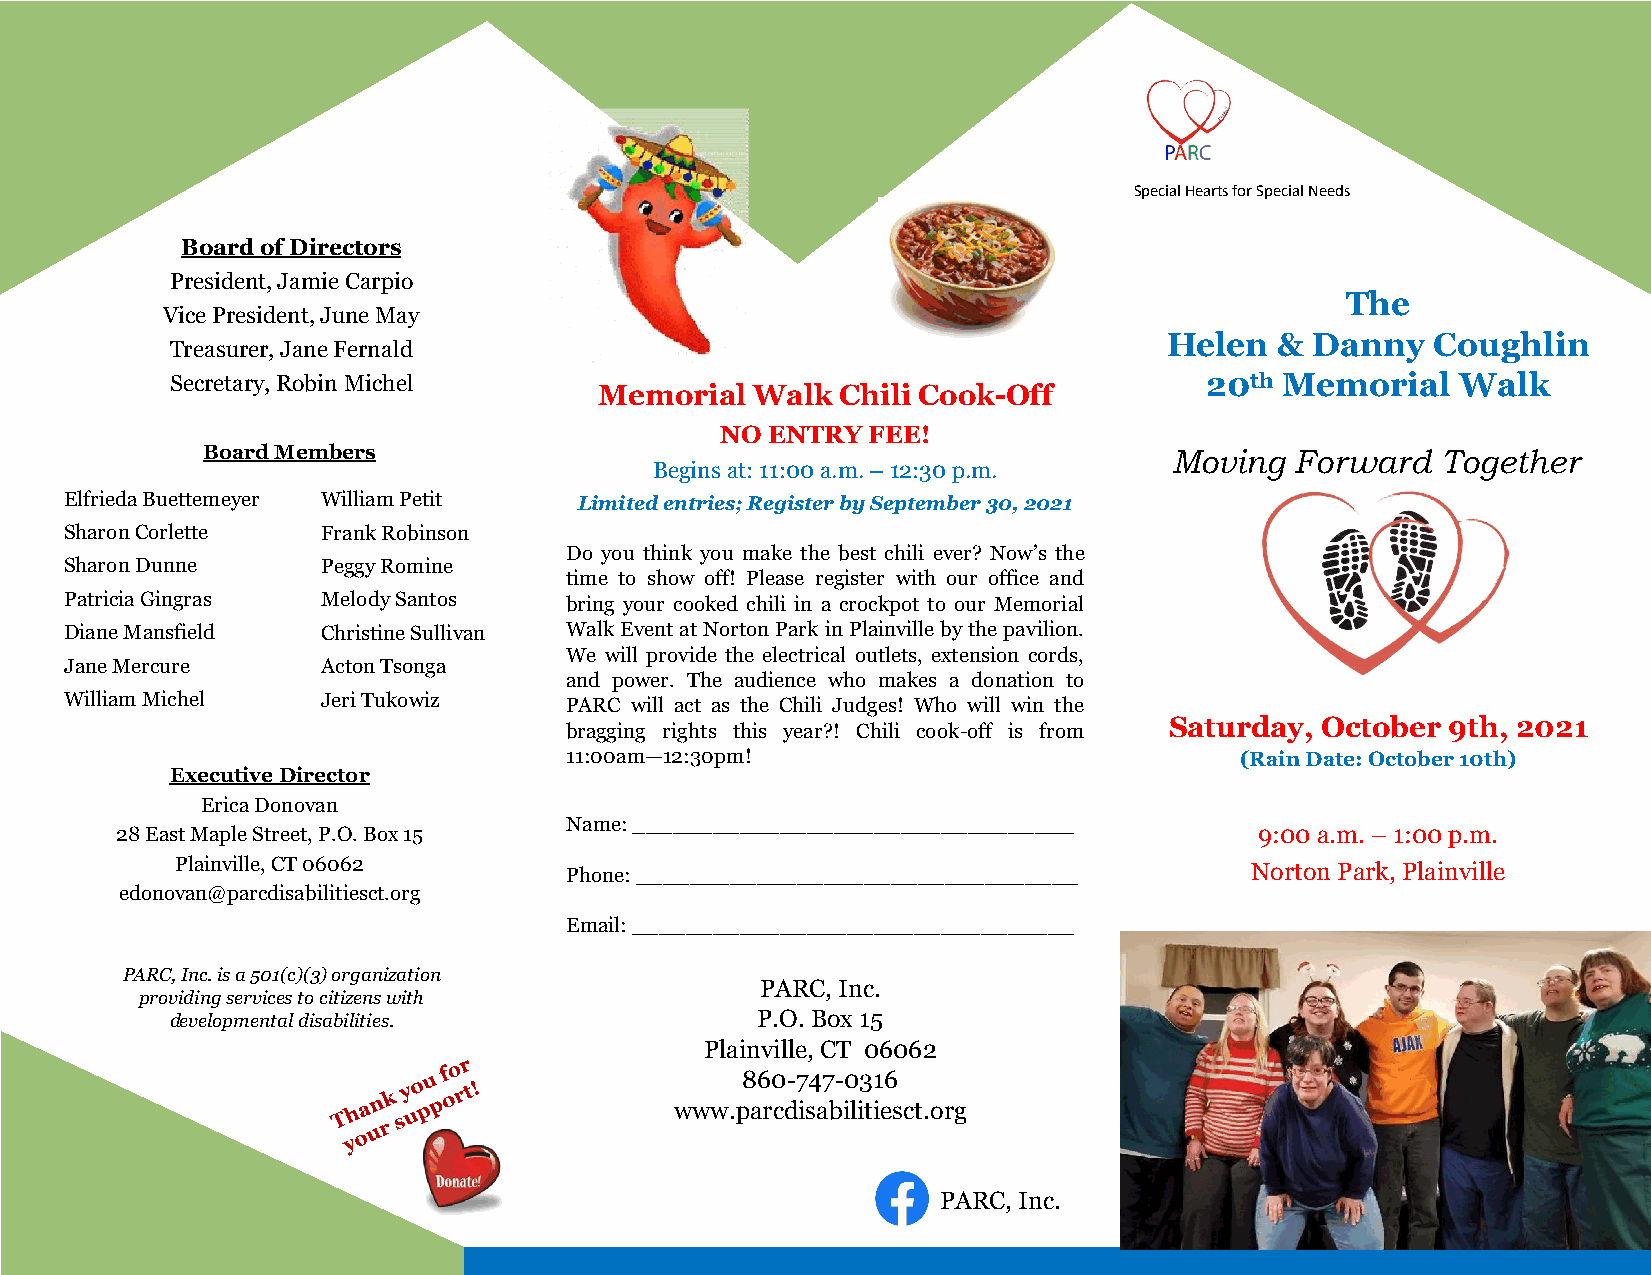
Special Hearts for Special Needs
 Board of Directors
 President, Jamie Carpio
 The
 Vice President, June May
 Helen   & Danny   Coughlin
 Treasurer, Jane Fernald
 Secretary, Robin Michel                                              20th Memorial    Walk
 Memorial  Walk  Chili Cook-Off
 NO ENTRY FEE!
 Board Members                                                    Moving  Forward  Together
 Begins at: 11:00 a.m. – 12:30 p.m.
 Elfrieda Buettemeyer William Petit Limited entries; Register by September 30, 2021
 Sharon Corlette  Frank Robinson
 Do you think you make the best chili ever? Now’s the
 Sharon Dunne     Peggy Romine
 time to show off! Please register with our office and
 Patricia Gingras Melody Santos   bring your cooked chili in a crockpot to our Memorial
 Diane Mansfield  Christine Sullivan Walk Event at Norton Park in Plainville by the pavilion.
 We will provide the electrical outlets, extension cords,
 Jane Mercure     Acton Tsonga
 and power. The audience who makes a donation to
 William Michel   Jeri Tukowiz    PARC will act as the Chili Judges! Who will win the
 Saturday, October  9th, 2021
 bragging rights this year?! Chili cook-off is from
 11:00am—12:30pm!                             (Rain Date: October 10th)
 Executive Director
 Erica Donovan
 Name: _________________________________
 28 East Maple Street, P.O. Box 15                                          9:00 a.m. – 1:00 p.m.
 Plainville, CT 06062     Phone: _________________________________      Norton Park, Plainville
 edonovan@parcdisabilitiesct.org
 Email: _________________________________
 PARC, Inc. is a 501(c)(3) organization
 PARC, Inc.
 providing services to citizens with
 developmental disabilities.            P.O. Box 15
 Plainville, CT 06062
 860-747-0316
 www.parcdisabilitiesct.org
 PARC, Inc.